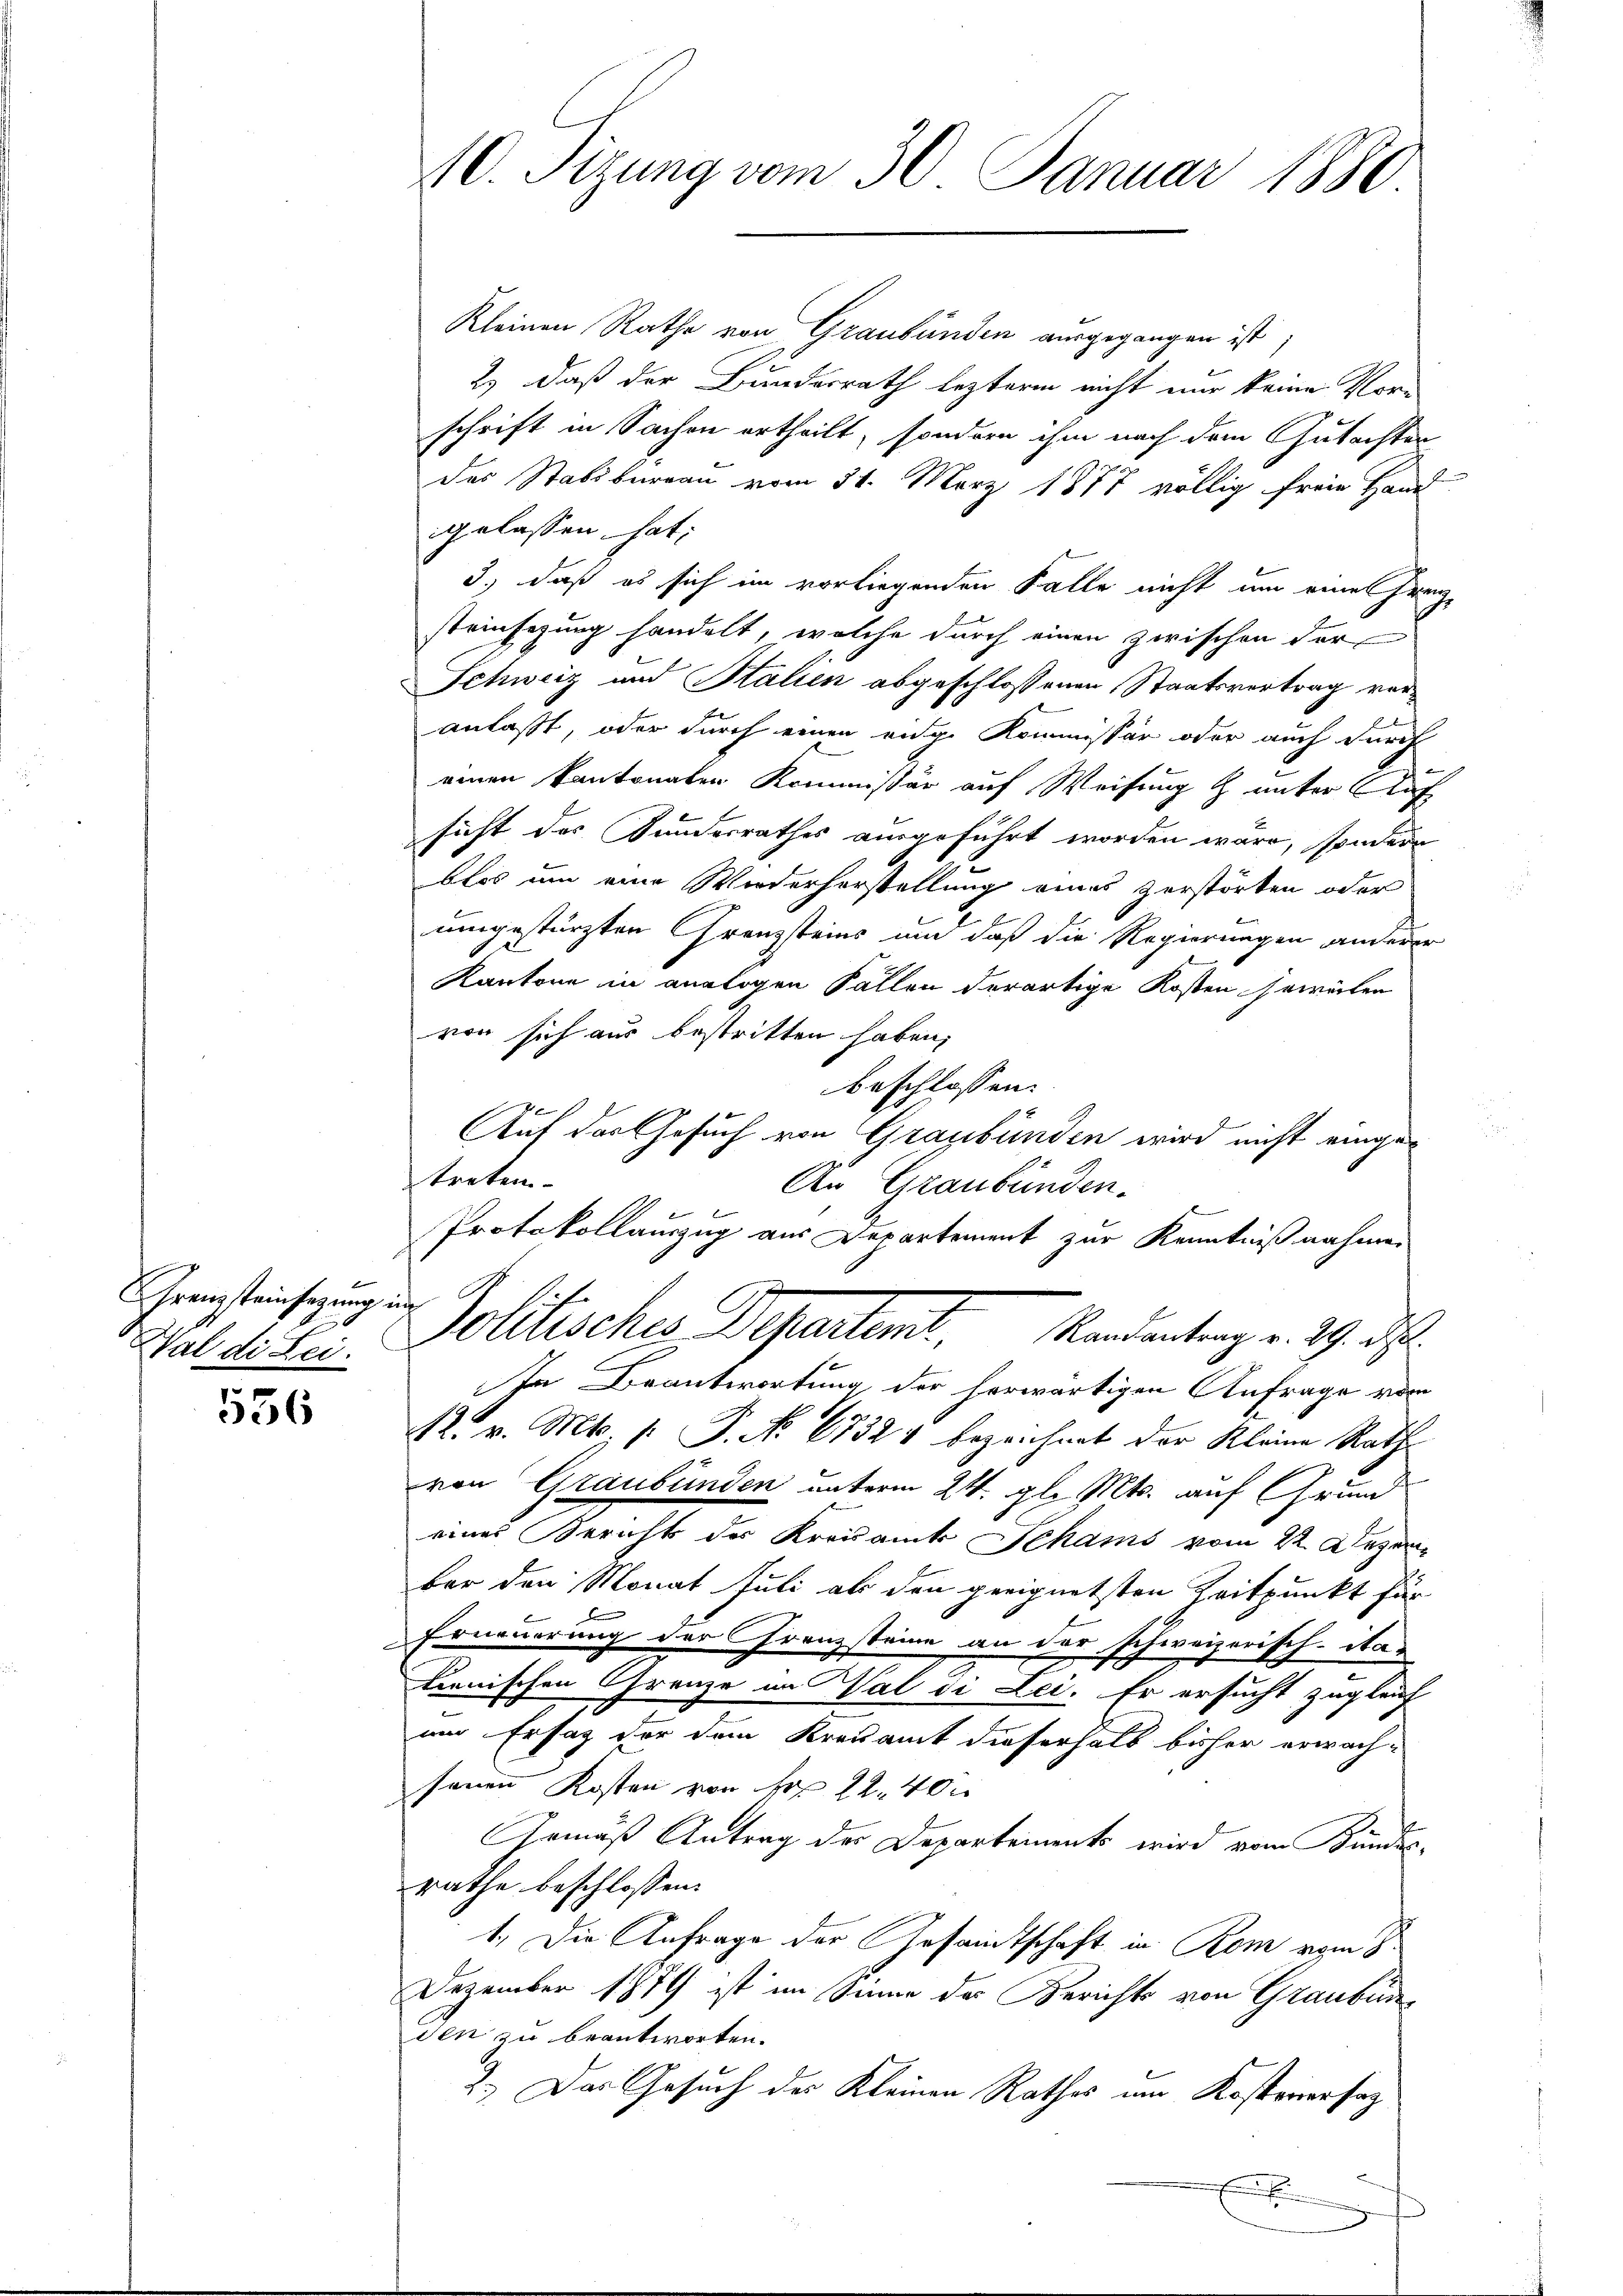
Grenzsteinhegung im
Wal die Lei

556

Kleinen Rathe von Graubünden ausgegangen ist;
2.) daß der Bundesrath lezterm nicht nur keine Vor-
schrift in Sachen ertheilt, sondern ihm nach dem Gutachten
das Stabsbureau vom 31. März 1877 völlig freie Hand
gelassen hat:
3.) daß es sich im vorliegenden Falle nicht um eines Franz-
steinsezung handelt, welche durch einen zwischen der¬
Schweiz und Stalien abgeschlossenen Staatsvertrag veranlaßt, oder durch einen eige Kommissär oder auch durch
einen kantonaten Kommissär auf Weisung & unter Auf
sicht des Gundesrathes ausgeführt worden wäre, sondern
blos um eine Wiederhorstellung eines zerstörten oder
umgestürzten Granzsteins um daß die Regierungen anderer
Kantone in analogen Fällen derartige Kosten jeweilen
von sich aus bestritten haben,
beschlossen:
Auf das Gesuch von Graubünden wird nicht eingetreten
An Graubünden.
Protokollauszug aus Departement zur Kenntnißnahmen
Politische Departend.
Randantrag v. 29. d.
In Beantwortung der herwärtigen Anfrage vom
R. v. Mts. (: P. No 67324 bezeichnet der Kleine Raths
von Graubünden unterm 24. gl. Mts. auf Grund
eines Bericht der Kreisamte Schams vom 22. Dezember den Monat Juli als den geeignetsten Zeitpunkt für
Erneuerung der Franzsteine an der schweizerisch-itas
Lienischen Grenze in Val di Lei. Er ersucht zugleich
um Ersatz vor dem Kreuamt dieserhalb bisher erwach-
sonen Kosten von Fr. 22. 40 x
Gemäß Antrag der Departements wird vom Kundes-
rathe beschlossen:
1. Die Anfrage der Gesandtschaft in Rom vom 8.
Dezember schich ist im Sinne der Berichts von Graubün
den zu beantworten.
2.) Das Gesuch des Kleinen Rathes um Kostenersag
.

40. Sizung vom 30. Januar 1880